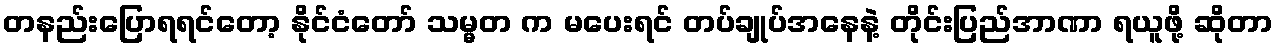
တနည်းပြောရရင်တော့ နိုင်ငံတော် သမ္မတ က မပေးရင် တပ်ချုပ်အနေနဲ့ တိုင်းပြည်အာဏာ ရယူဖို့ ဆိုတာ